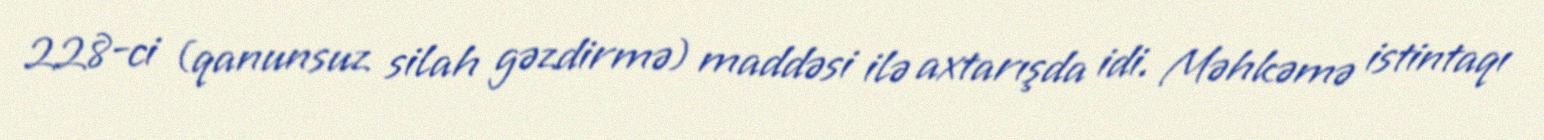
228-ci (qanunsuz silah gəzdirmə) maddəsi ilə axtarışda idi. Məhkəmə istintaqı